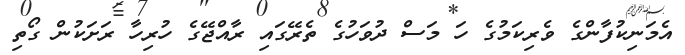
އެމަނިކުފާންގެ ވެރިކަމުގެ ހަ މަސް ދުވަހުގެ ތެރޭގައި ރާއްޖޭގެ ހުރިހާ ރަށަކުން ގޯތި